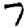
Digit: 7